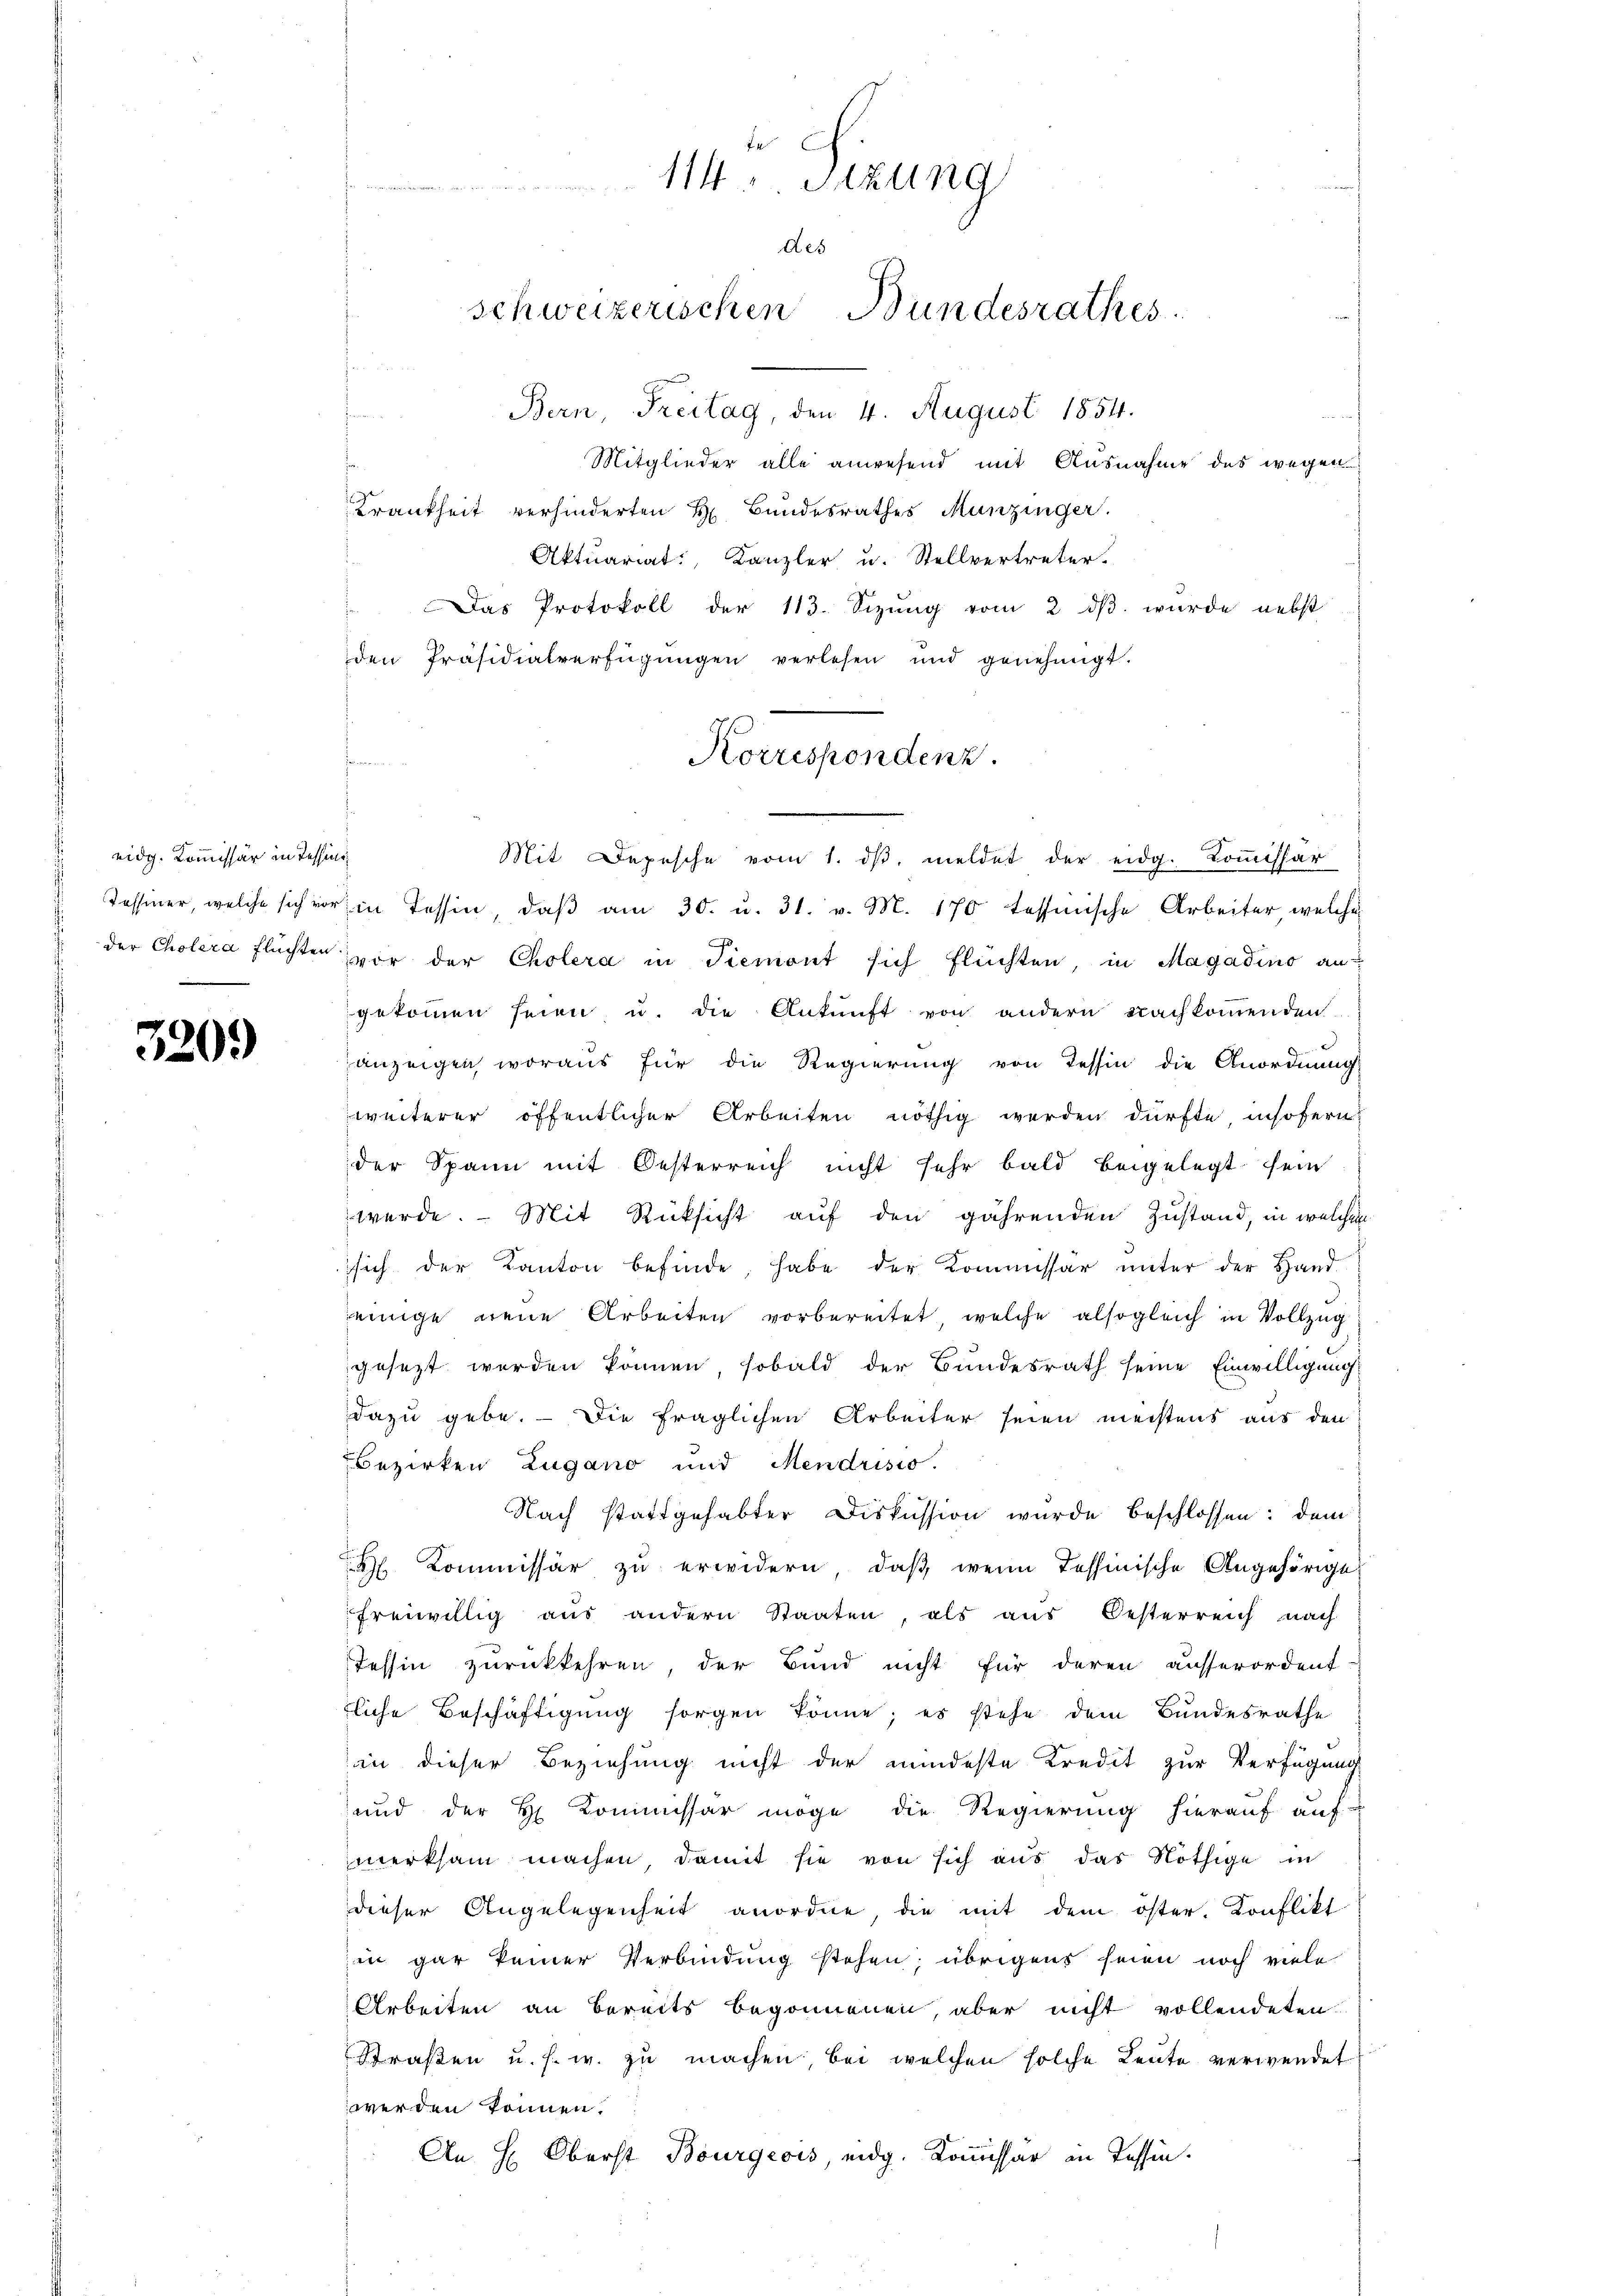
eidg. Kommissär in Tessini¬

3209

M. Satzung
des
schweizerischen Bundesrathes

Bern, Freitag, den 4. August 1854.
Mitglieder alle anwesend mit Ausnahme des wegen
Krankheit verhinderten H. Bundesrathes Munzinger.
Aktuariat Kanzler u. Stellvertreter.
Das Protokoll der 113. Sizŭng vom 2. dβ. wurde nebst
den Präsidialverfügungen verlesen und genehmigt.

Korrespondenz.

Mit Depesche vom 1. dβ meldet der eidg. Kommissär
Tessiner, welche sich vor in Tessin, daβ am 30. u. 31. v. M. 170 tessinische Arbeiter, welche
der Cholera flüchte vor der Cholera in Tiemont sich flüchten, in Magadino angekommen seien u. die Ankunft von andern nachkommenden
anzeigen, woraus für die Regierung von Tessin die Anordnung
weiterer öffentlicher Arbeiten nöthig werden dürfte, insofern
der Spann mit Oesterreich nicht sehr bald beigelegt sein
werde. Mit Rücksicht auf den gährenden Zustand, in welchen
ssich der Kanton befinde, habe der Kommissär unter der Hand
jeinige neue Arbeiten vorbereitet, welche alsogleich in Vollzug
gesezt werden können, sobald der Bundesrath seine Einwilligung
dazu gebe. — Die fraglichen Arbeiter seien meistens aus den
Bezirken Zugano und Mendrisio.
Nach stattgehabter Diskussion wurde beschlossen: dem
 Kommissär zu erwidern, daß wenn Tessinische Angehörige
freiwillig aus andern Staaten, als aus Oesterreich nach
Tessin zurückkehren, der Bund nicht für deren ausserordent
fliche Beschäftigung sorgen könne; es stehe dem Bundesrathe
in dieser Beziehung nicht der mindeste Kredit zur Verfügung
und der H. Kommissär möge die Regierung hierauf auf-
merksam machen, damit sie von sich aus das Nöthige in
dieser Angelegenheit anordne, die mit dem öster, Konflikt
in gar keiner Verbindung stehen; übrigens seien noch viele
Arbeiten an bereits begonnenen, aber nicht vollendeten
Straßen u. s. w. zu machen, bei welchen solche Leute verwendet
werden können.
An H: Oberst Bourgeois, eidg. Kommissär in Tessin.